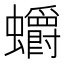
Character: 𲀓